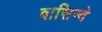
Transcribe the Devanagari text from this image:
बासिन्दे